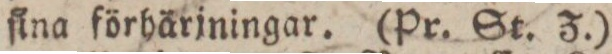
ſina förhärjningar. (Pr. St. Z.)